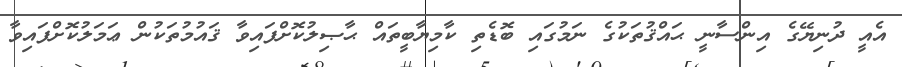
އެއީ ދުނިޔޭގެ އިންސާނީ ޙައްޤުތަކުގެ ނަމުގައި ބޮޑެތި ކާމިޔާބީތައް ޙާޞިލުކޮށްފައިވާ ޤައުމުތަކުން ޢަމަލުކޮށްފައިވާ